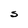
Character: S